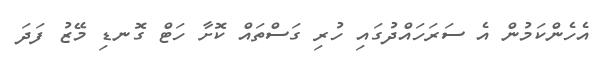
އެހެންކަމުން އެ ސަރަހައްދުގައި ހުރި ގަސްތައް ކޮށާ ހަޓް ގޮނޑި މޭޒު ފަދަ